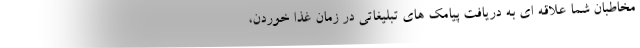
مخاطبان شما علاقه ای به دریافت پیامک های تبلیغاتی در زمان غذا خوردن،